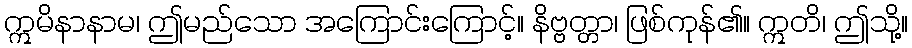
ဣမိနာနာမ၊ ဤမည်သော အကြောင်းကြောင့်။ နိဗ္ဗတ္တာ၊ ဖြစ်ကုန်၏။ ဣတိ၊ ဤသို့။